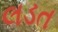
લડત